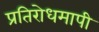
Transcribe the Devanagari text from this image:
प्रतिरोधमापी